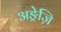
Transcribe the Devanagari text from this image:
अङ्रेज़ि